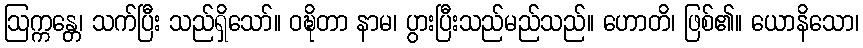
ဩက္ကန္တေ၊ သက်ပြီး သည်ရှိသော်။ ဝဍ္ဎိတာ နာမ၊ ပွားပြီးသည်မည်သည်။ ဟောတိ၊ ဖြစ်၏။ ယောနိသော၊